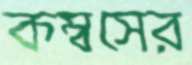
কম্বসের